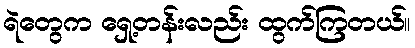
ရဲတွေက ရှေ့တန်းလည်း ထွက်ကြတယ်။